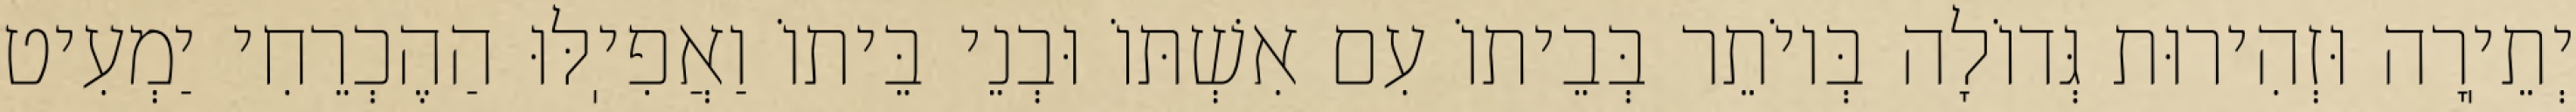
יְתֵיֽרָה וּזְהִירוּת גְּדוֹלָה בְּיוֹתֵר בְּבֵיתוֹ עִם אִשְׁתּוֹ וּבְנֵי בֵּיתוֹ וַאֲפִיֽלּוּ הַהֶכְרֵחִי יַמְעִיט